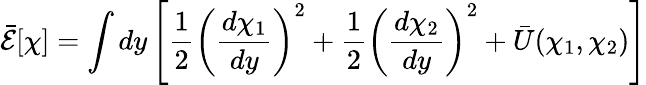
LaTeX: \bar{{\cal E}}[\chi]=\int dy\left[\frac{1}{2}\left(\frac{d\chi_{1}}{dy}\right)^{2}+\frac{1}{2}\left(\frac{d\chi_{2}}{dy}\right)^{2}+\bar{U}(\chi_{1},\chi_{2})\right]